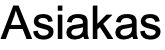
Asiakas